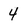
Character: 4